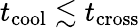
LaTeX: t_{\mathrm{cool}}\lesssim t_{\mathrm{cross}}